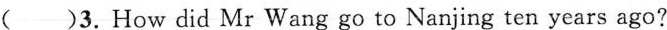
( )3.How did Mr Wang go to Nanjing ten years ago?